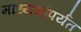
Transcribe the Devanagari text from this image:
माध्यमांपर्यंत